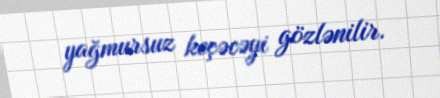
yağmursuz keçəcəyi gözlənilir.